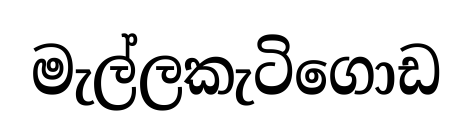
මැල්ලකැටිගොඩ